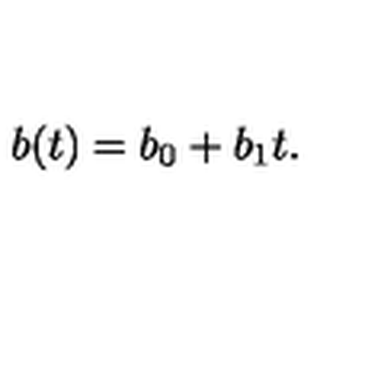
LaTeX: b ( t ) = b _ { 0 } + b _ { 1 } t .